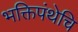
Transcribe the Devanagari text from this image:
भक्तिपंथेचि